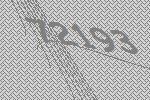
72193